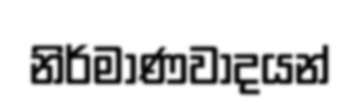
නිර්මාණවාදයන්